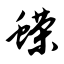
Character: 蝾